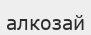
алкозай